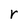
Character: r